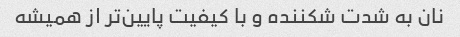
نان به شدت شکننده و با کیفیت پایین‌تر از همیشه